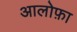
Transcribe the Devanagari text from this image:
आलोफ़ा